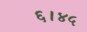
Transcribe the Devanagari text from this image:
६।४५